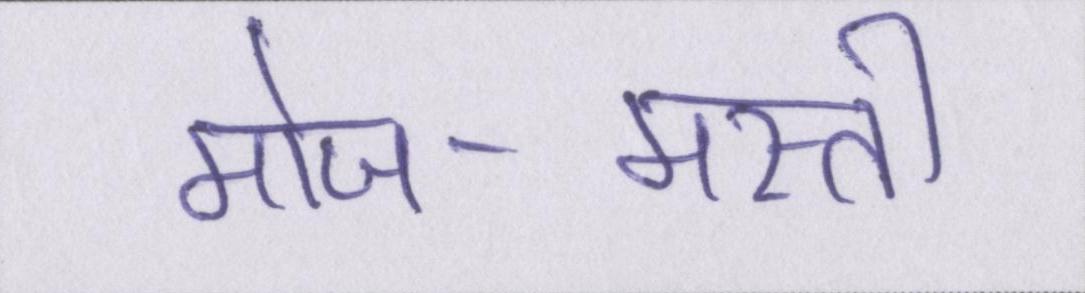
मोज-मस्ती